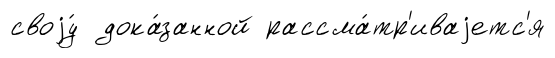
своjу́ дока́занной рассма́тр'иваjетс'я